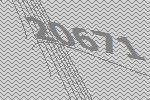
20671